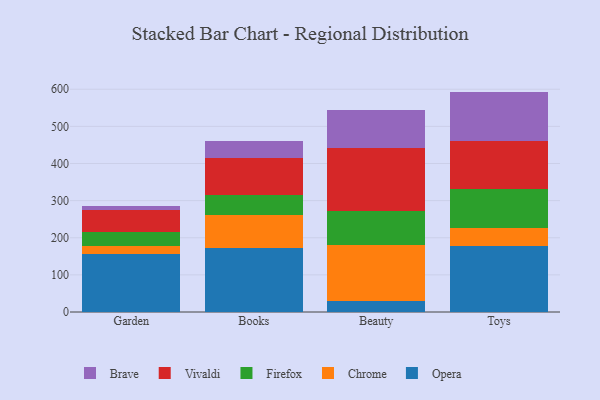
{"axis": {"x": "Category", "y": "Energy Usage (MWh)"}, "legend": ["Brave", "Chrome", "Firefox", "Opera", "Vivaldi"], "data": [{"x": "Garden", "y": 155.1, "type": "Opera"}, {"x": "Garden", "y": 22.6, "type": "Chrome"}, {"x": "Garden", "y": 38.3, "type": "Firefox"}, {"x": "Garden", "y": 57.7, "type": "Vivaldi"}, {"x": "Garden", "y": 10.8, "type": "Brave"}, {"x": "Books", "y": 171.7, "type": "Opera"}, {"x": "Books", "y": 90.3, "type": "Chrome"}, {"x": "Books", "y": 54.4, "type": "Firefox"}, {"x": "Books", "y": 98.8, "type": "Vivaldi"}, {"x": "Books", "y": 44.3, "type": "Brave"}, {"x": "Beauty", "y": 30.6, "type": "Opera"}, {"x": "Beauty", "y": 148.8, "type": "Chrome"}, {"x": "Beauty", "y": 94.0, "type": "Firefox"}, {"x": "Beauty", "y": 169.4, "type": "Vivaldi"}, {"x": "Beauty", "y": 101.8, "type": "Brave"}, {"x": "Toys", "y": 177.0, "type": "Opera"}, {"x": "Toys", "y": 49.1, "type": "Chrome"}, {"x": "Toys", "y": 104.1, "type": "Firefox"}, {"x": "Toys", "y": 130.5, "type": "Vivaldi"}, {"x": "Toys", "y": 133.0, "type": "Brave"}]}